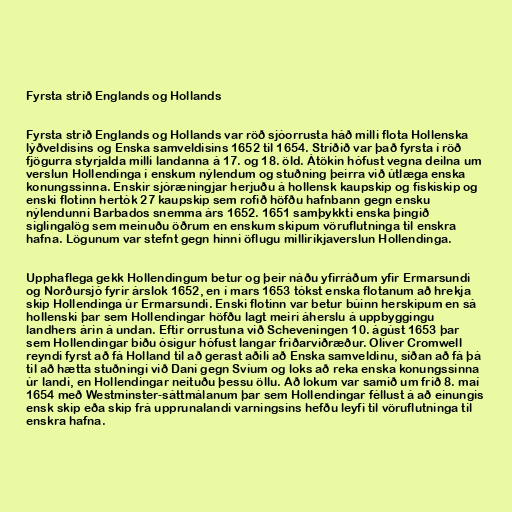
Fyrsta stríð Englands og Hollands

Fyrsta stríð Englands og Hollands var röð sjóorrusta háð milli flota Hollenska
lýðveldisins og Enska samveldisins 1652 til 1654. Stríðið var það fyrsta í röð
fjögurra styrjalda milli landanna á 17. og 18. öld. Átökin hófust vegna deilna um
verslun Hollendinga í enskum nýlendum og stuðning þeirra við útlæga enska
konungssinna. Enskir sjóræningjar herjuðu á hollensk kaupskip og fiskiskip og
enski flotinn hertók 27 kaupskip sem rofið höfðu hafnbann gegn ensku
nýlendunni Barbados snemma árs 1652. 1651 samþykkti enska þingið
siglingalög sem meinuðu öðrum en enskum skipum vöruflutninga til enskra
hafna. Lögunum var stefnt gegn hinni öflugu milliríkjaverslun Hollendinga.

Upphaflega gekk Hollendingum betur og þeir náðu yfirráðum yfir Ermarsundi
og Norðursjó fyrir árslok 1652, en í mars 1653 tókst enska flotanum að hrekja
skip Hollendinga úr Ermarsundi. Enski flotinn var betur búinn herskipum en sá
hollenski þar sem Hollendingar höfðu lagt meiri áherslu á uppbyggingu
landhers árin á undan. Eftir orrustuna við Scheveningen 10. ágúst 1653 þar
sem Hollendingar biðu ósigur hófust langar friðarviðræður. Oliver Cromwell
reyndi fyrst að fá Holland til að gerast aðili að Enska samveldinu, síðan að fá þá
til að hætta stuðningi við Dani gegn Svíum og loks að reka enska konungssinna
úr landi, en Hollendingar neituðu þessu öllu. Að lokum var samið um frið 8. maí
1654 með Westminster-sáttmálanum þar sem Hollendingar féllust á að einungis
ensk skip eða skip frá upprunalandi varningsins hefðu leyfi til vöruflutninga til
enskra hafna.